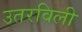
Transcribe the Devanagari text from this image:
उतरविली